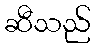
ဆီသည်